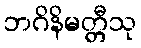
ဘဂိနိမတ္တီသု